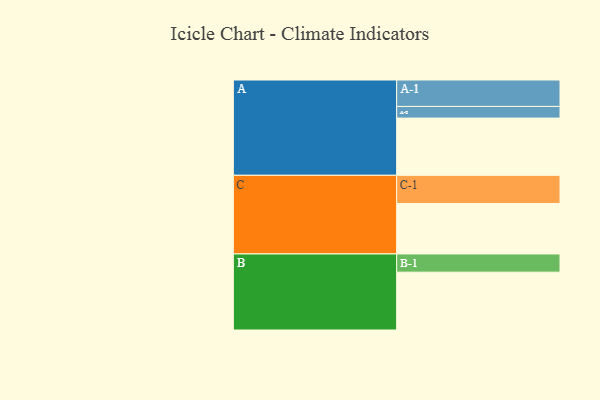
{"axis": {"x": "Segment", "y": "Value"}, "legend": ["", "A", "B", "C"], "data": [{"x": "A", "y": 556, "type": ""}, {"x": "B", "y": 562, "type": ""}, {"x": "C", "y": 490, "type": ""}, {"x": "A-1", "y": 257, "type": "A"}, {"x": "A-2", "y": 113, "type": "A"}, {"x": "B-1", "y": 177, "type": "B"}, {"x": "C-1", "y": 274, "type": "C"}]}